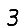
Digit: 3